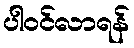
ပါဝင်လာရန်